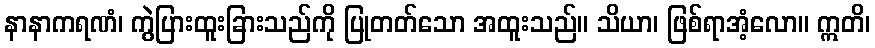
နာနာကရဏံ၊ ကွဲပြားထူးခြားသည်ကို ပြုတတ်သော အထူးသည်။ သိယာ၊ ဖြစ်ရာအံ့လော။ ဣတိ၊